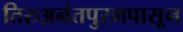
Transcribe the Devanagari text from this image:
तिरुअनंतपुरमपासून